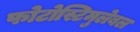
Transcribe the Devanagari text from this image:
फोटोस्टिमुलेबल